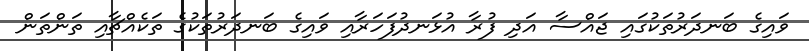
ވައިގެ ބަނދަރުތަކުގައި ޖައްސާ އަދި ފުރާ އުޅަނދުފަހަރާއި ވައިގެ ބަނދަރުތަކުގެ ތަކެއްޗާއި ތަންތަން